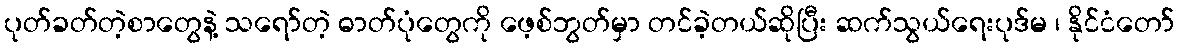
ပုတ်ခတ်တဲ့စာတွေနဲ့ သရော်တဲ့ ဓာတ်ပုံတွေကို ဖေ့စ်ဘွတ်မှာ တင်ခဲ့တယ်ဆိုပြီး ဆက်သွယ်ရေးပုဒ်မ ၊ နိုင်ငံတော်